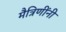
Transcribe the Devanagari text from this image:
मैत्रिणींनी